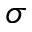
\sigma